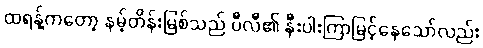
ထရန့်ကတော့ နမ့်တိန်းမြစ်သည် ပီလီ၏ နီးပါးကြာမြင့်နေသော်လည်း